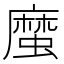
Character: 𢋙